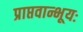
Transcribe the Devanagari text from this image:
प्राप्तवान्भूयः